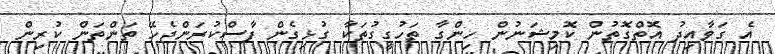
އެ ގަވާއިދު އޮތްގޮތުން ކޮމިޝަނުން ހިންގާ ތަހުގީގުތަކާ ގުޅިގެން ފާސްކުރަންޖެހޭ ތަންތަން ކުރިން